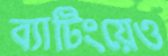
ব্যাটিংয়েও